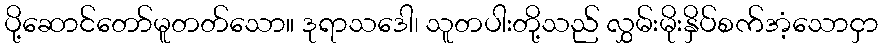
ပို့ဆောင်တော်မူတတ်သော။ ဒုရာသဒေါ၊ သူတပါးတို့သည် လွှမ်းမိုးနှိပ်စက်အံ့သောငှာ